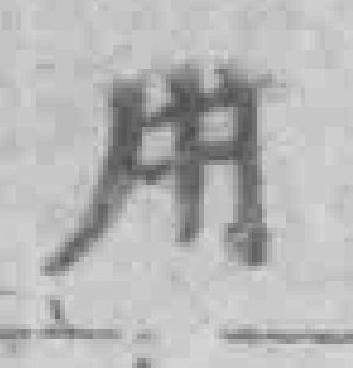
用